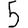
Digit: 5